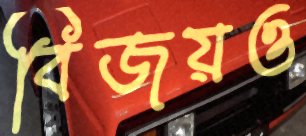
বিজয়ও